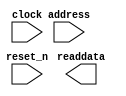
module pr_region_alternate_sysid_qsys_0 (
		input  wire        clock,    //           clk.clk
		output wire [31:0] readdata, // control_slave.readdata
		input  wire        address,  //              .address
		input  wire        reset_n   //         reset.reset_n
	);
endmodule